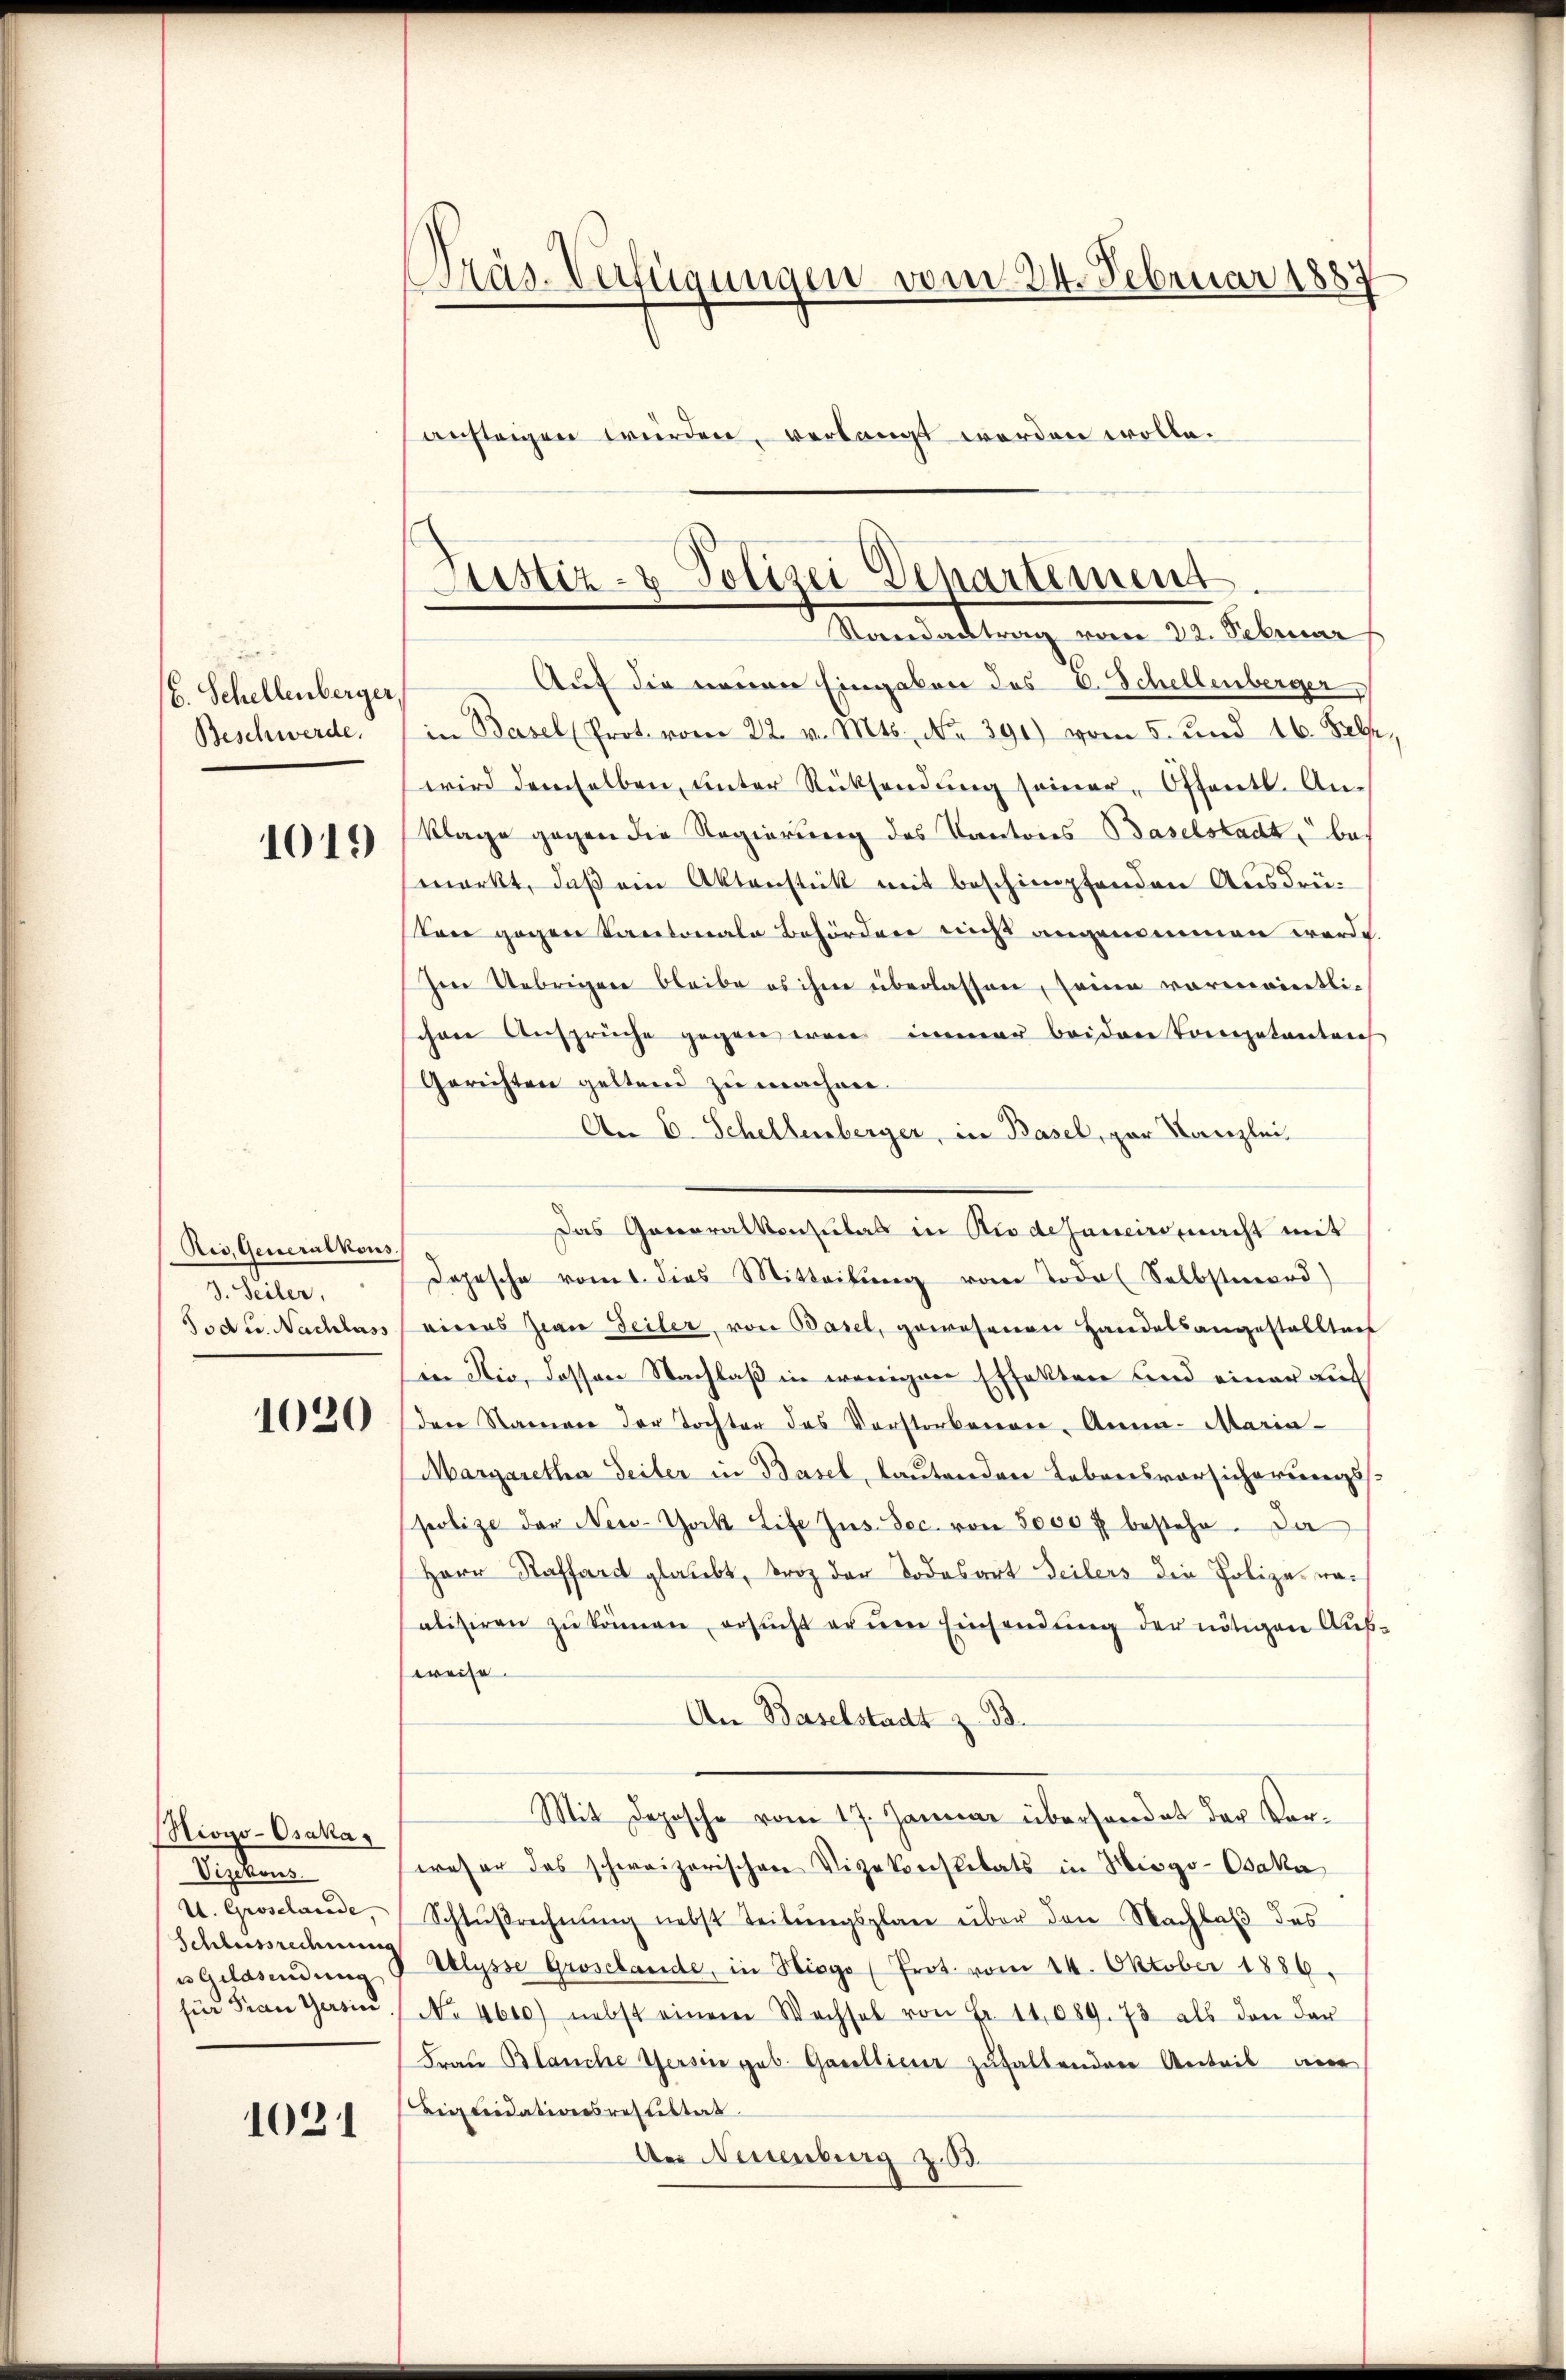
b. Schellenberger,
Beschwerde.
1019

Ris, Generalkons
Suter
Tod u. Nachlass

1020

Niogo-Osakas
Septem
U. Groselande,
Schlussrechnung
u Geldsendung
für Frau Gesin

1021

Präs-Verfügungen vom 24. Februar 1887
austeigen würden, verlangt werden wolle.

Auf die neuen Eingaben des C. Schellenberger,
in Basel (Prot. vom 22. v. Mts. No 391) vom 5. und 16. Febr.,
wird demselben, ŭnter Rücksendŭng seiner Offentl. An-
Klage gegen die Regierung des Kantons Baselstadt bemerkt, daß ein Aktenstück mit beschimpfenden Ausdrü-
Tone gegen Kantonale Behörden nicht angenommen werde.
Im Uebrigen bleibe es ihm überlassen, seine vormanntlic
schen Ansprüche gegen war immer beiden Kompetenten
Gerichten geltend zu machen.
A. E. Schellenberger, in Basel, par Kanzlei
Das Generalkonsulat in Rio desaneiro macht mit
Dopische vomt dies Mitteilŭng vom Todes Selbstmord)
eines Zwai Teiler, von Basel, gewesenen Handelsangestallten
(in die, dassen Nachlaß in wenigen Effekten und einer auf
den Namen der Tochter des Vorstorbenen, Anna Maria-
Margaretha Seiter in Basel, lautenden Lebensvorsicherungss
polize der New-York Life Jus. Dec. von 5000 f bestehe. Da
Herr Kassard glaubt, trotz der Todesart Teilers die Polizei naalisiren zŭ können, ersucht er ŭm Einsendung der nötigen Aufweise.
An Baselstadt z. B.
Mit Deposche vom 17. Januar überhandet der Verweser das schweizerischen Vizekoristitats in Hisgo-Osaka
Schlŭβrechnŭng nebst teilŭngsplan über den Nachlaß des
Velysse Groschande, in Hisgo (Prot. vom 14. Oktober 1886.
No 4600) nebst einem Wechsel von Fr. 11,089. 73 als den der
Frau Blanche Versin geb. Gallieur zuhaltenden Anteil an
Biquidationsresultat
Der Neuenburg z.03.

Justiz- & Polizei Departement
Standachtrag vom 22. Februar